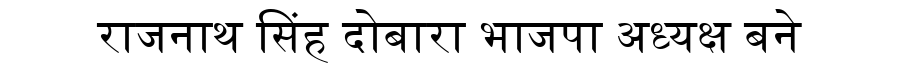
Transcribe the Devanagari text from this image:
राजनाथ सिंह दोबारा भाजपा अध्यक्ष बने